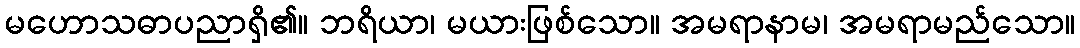
မဟောသဓာပညာရှိ၏။ ဘရိယာ၊ မယားဖြစ်သော။ အမရာနာမ၊ အမရာမည်သော။